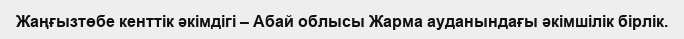
Жаңғызтөбе кенттік әкімдігі – Абай облысы Жарма ауданындағы әкімшілік бірлік.